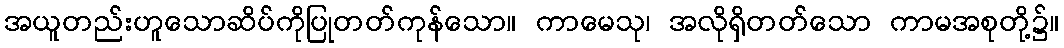
အယူတည်းဟူသောဆိပ်ကိုပြုတတ်ကုန်သော။ ကာမေသု၊ အလိုရှိတတ်သော ကာမအစုတို့၌။